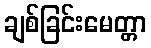
ချစ်ခြင်းမေတ္တာ